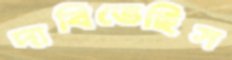
দাবিতেছিস